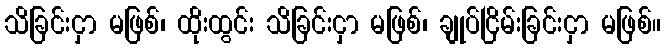
သိခြင်းငှာ မဖြစ်၊ ထိုးထွင်း သိခြင်းငှာ မဖြစ်၊ ချုပ်ငြိမ်းခြင်းငှာ မဖြစ်။